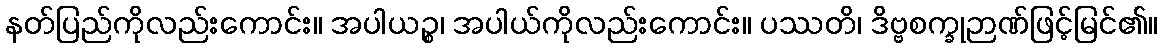
နတ်ပြည်ကိုလည်းကောင်း။ အပါယဉ္စ၊ အပါယ်ကိုလည်းကောင်း။ ပဿတိ၊ ဒိဗ္ဗစက္ခုဉာဏ်ဖြင့်မြင်၏။